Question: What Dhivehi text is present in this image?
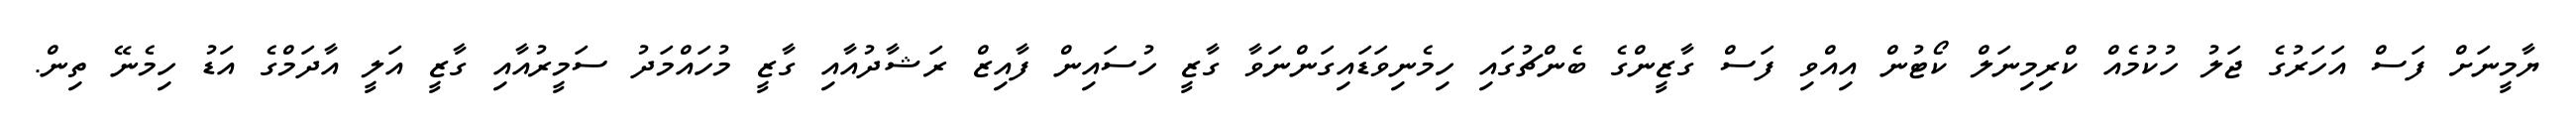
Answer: ޔާމީނަށް ފަސް އަހަރުގެ ޖަލު ހުކުމެއް ކްރިމިނަލް ކޯޓުން އިއްވި ފަސް ގާޒީންގެ ބެންޗުގައި ހިމެނިވަޑައިގަންނަވާ ގާޒީ ހުސައިން ފާއިޒް ރަޝާދުއާއި ގާޒީ މުހައްމަދު ސަމީރުއާއި ގާޒީ އަލީ އާދަމްގެ އަޑު ހިމެނޭ ތިން.